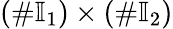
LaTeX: (\# \mathbb{I}_{1})\times(\# \mathbb{I}_{2})